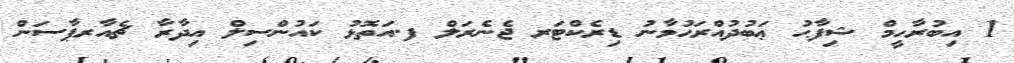
1 އިބުރާހީމް ޝިފާޙު ޢަބުދުއްރަޙުމާނު ޑިރެކްޓަރ ޖެނެރަލް ފ.އަތޮޅު ކައުންސިލް އިދާރާ ޗެއާރޕާސަން